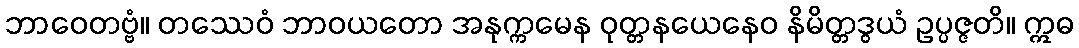
ဘာဝေတဗ္ဗံ။ တဿေဝံ ဘာဝယတော အနုက္ကမေန ဝုတ္တနယေနေဝ နိမိတ္တဒွယံ ဥပ္ပဇ္ဇတိ။ ဣဓ